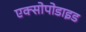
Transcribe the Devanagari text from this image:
एक्सोपोडाइड